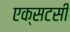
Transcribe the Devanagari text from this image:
एक्सटसी